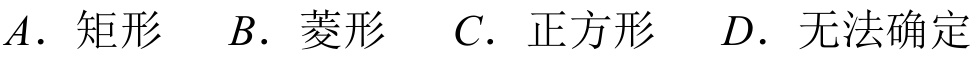
\(A.\) 矩形 \(B.\) 菱形 \(C.\) 正方形 \(D.\) 无法确定